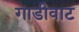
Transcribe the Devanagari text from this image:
गाडीवाट